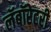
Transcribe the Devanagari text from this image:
लॅबॉरेटरी